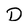
Character: D